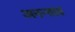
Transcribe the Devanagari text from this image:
अनन्तात